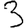
Digit: 3